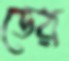
ডের